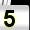
Digit: 5